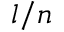
l / n